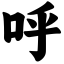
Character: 呼